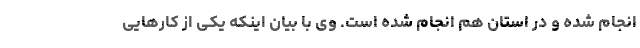
انجام شده و در استان هم انجام شده است. وی با بیان اینکه یکی از کارهایی